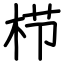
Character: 栉